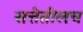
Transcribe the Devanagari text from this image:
सत्तेतीलच